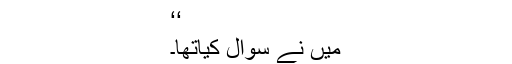
‘‘
میں نے سوال کیاتھا۔